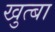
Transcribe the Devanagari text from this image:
खुत्बा